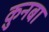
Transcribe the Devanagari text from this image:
क़ुनबा